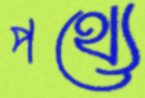
পথ্যে